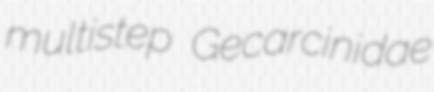
multistep Gecarcinidae